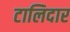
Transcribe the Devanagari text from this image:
टालिदार